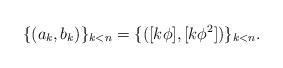
LaTeX: \begin{align*}\{(a_k,b_k)\}_{k<n} = \{([k\phi], [k\phi^2])\}_{k<n}.\end{align*}